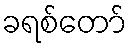
ခရစ်တော်